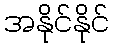
အနိုင်နိုင်